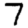
Digit: 7